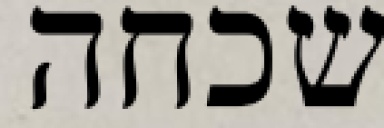
שכחה